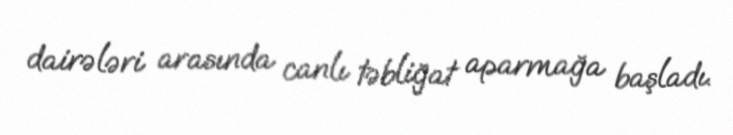
dairələri arasında canlı təbliğat aparmağa başladı.